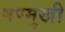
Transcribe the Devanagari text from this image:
षण्मुखी